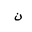
Letter: _non